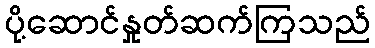
ပို့ဆောင်နှုတ်ဆက်ကြသည်